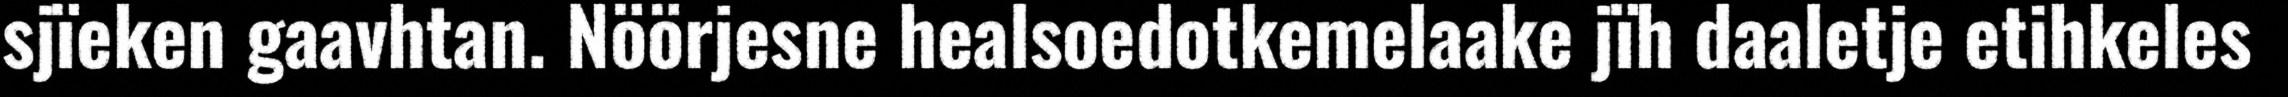
sjïeken gaavhtan. Nöörjesne healsoedotkemelaake jïh daaletje etihkeles